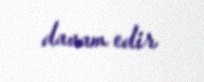
davam edir.